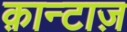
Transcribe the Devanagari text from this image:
क़ान्टाज़